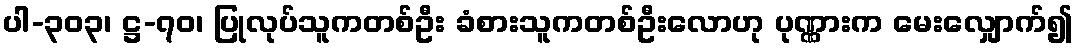
ပါ-၃၀၃၊ ဋ္ဌ-၇၀၊ ပြုလုပ်သူကတစ်ဦး ခံစားသူကတစ်ဦးလောဟု ပုဏ္ဏားက မေးလျှောက်၍